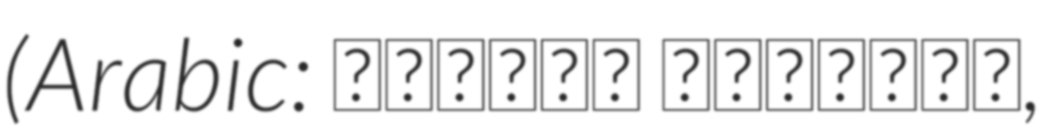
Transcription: (Arabic: الزوجة الثانية,